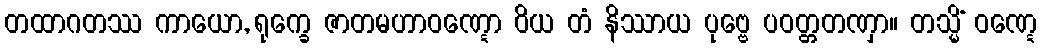
တထာဂတဿ ကာယော, ရုက္ခေ ဇာတမဟာဝဏ္ဋော ဝိယ တံ နိဿာယ ပုဗ္ဗေ ပဝတ္တတဏှာ။ တသ္မိံ ဝဏ္ဋေ